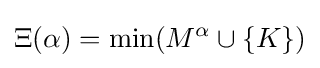
\Xi (\alpha )=\min(M^{\alpha }\cup \{K\})